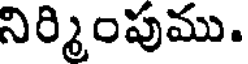
నిర్మింపుము.